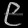
Digit: ၉